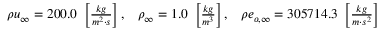
\begin{array} { r } { \begin{array} { l l l } { \rho u _ { \infty } = 2 0 0 . 0 \ \left[ \frac { k g } { m ^ { 2 } \cdot s } \right] , } & { \rho _ { \infty } = 1 . 0 \ \left[ \frac { k g } { m ^ { 3 } } \right] , } & { \rho e _ { o , \infty } = 3 0 5 7 1 4 . 3 \ \left[ \frac { k g } { m \cdot s ^ { 2 } } \right] } \end{array} } \end{array}